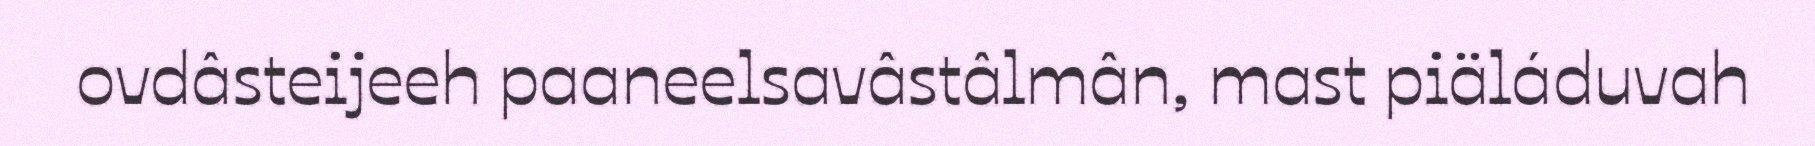
ovdâsteijeeh paaneelsavâstâlmân, mast piäláduvah